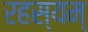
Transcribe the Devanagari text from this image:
रहस्यम्